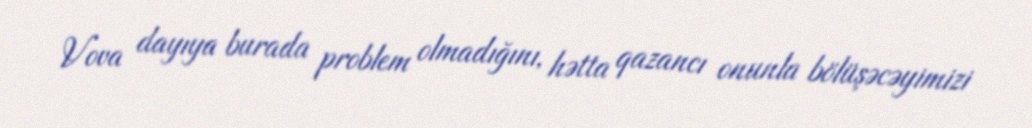
Vova dayıya burada problem olmadığını, hətta qazancı onunla bölüşəcəyimizi